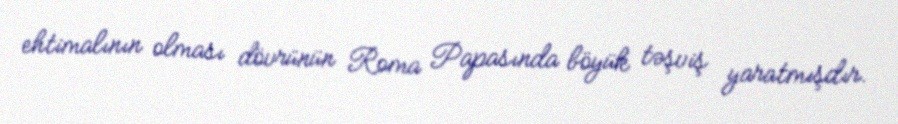
ehtimalının olması dövrünün Roma Papasında böyük təşviş yaratmışdır.